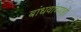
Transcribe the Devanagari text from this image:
बांधवांच्याही